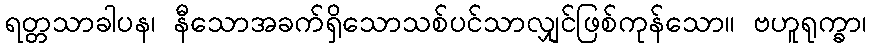
ရတ္တသာခါပန၊ နီသောအခက်ရှိသောသစ်ပင်သာလျှင်ဖြစ်ကုန်သော။ ဗဟူရုက္ခာ၊